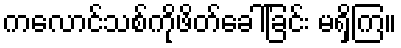
ကလောင်သစ်ကိုဖိတ်ခေါ်ခြင်း မရှိကြ။